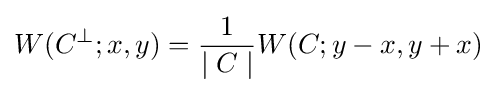
W(C^{\perp };x,y)={\frac {1}{\mid C\mid }}W(C;y-x,y+x)